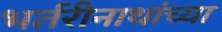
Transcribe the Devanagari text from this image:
भर्तरीनाथांच्या